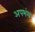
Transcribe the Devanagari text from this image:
अपभंश